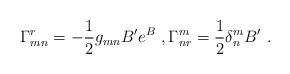
LaTeX: \begin{align*}\Gamma_{mn}^r = -\frac{1}{2}g_{mn}B'e^B~,\Gamma_{n r}^m= \frac{1}{2}\delta^m_n B'~.\end{align*}